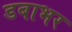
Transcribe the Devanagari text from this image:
डबाभर